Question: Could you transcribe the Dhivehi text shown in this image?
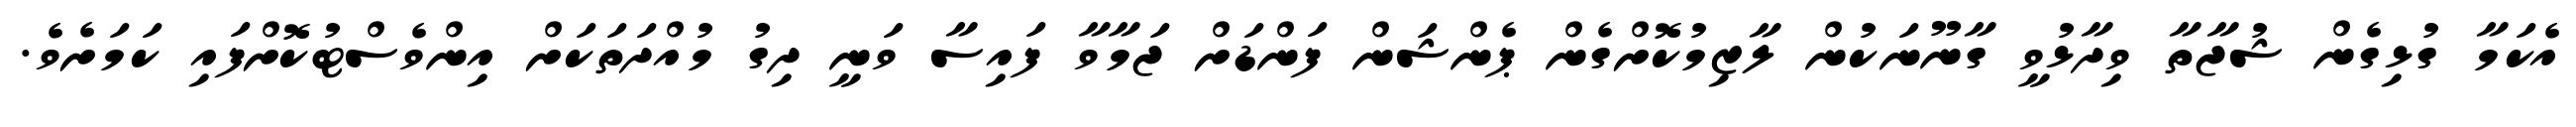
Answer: އެކަމާ ގުޅިގެން ޝުޖާތާ ވިދާޅުވީ ގާނޫނަކުން ލާޒިމުކޮށްގެން ޕެންޝަން ފަންޑަށް ޖަމާވާ ފައިސާ ވަނީ ދިގު މުއްދަތަކަށް އިންވެސްޓުކޮށްފައި ކަމަށެވެ.